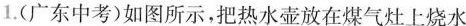
1.(广东中考)如图所示，把热水壶放在煤气灶上烧水